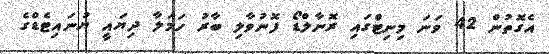
އެގޮތުން 42 ވަނަ މިނިޓްގައި ރޮނާލްޑޯ ފޮނުވާލި ބާރު ހަމަލާ ދިޔައީ ޔުނައިޓެޑްގެ